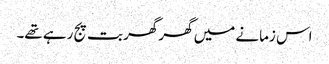
اس زمانے میں گھر گھر بت پج رہے تھے۔